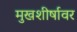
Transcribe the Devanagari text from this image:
मुखशीर्षावर